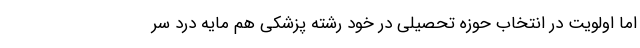
اما اولویت در انتخاب حوزه تحصیلی در خود رشته پزشکی هم مایه درد سر